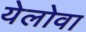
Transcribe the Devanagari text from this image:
येलोवा